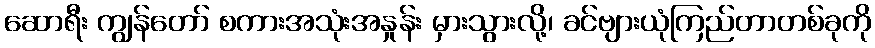
ဆောရီး ကျွန်တော် စကားအသုံးအနှုန်း မှားသွားလို့၊ ခင်ဗျားယုံကြည်တာတစ်ခုကို